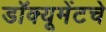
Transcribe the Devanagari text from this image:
डॉक्यूमेंटचे